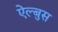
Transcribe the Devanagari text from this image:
ऐल्बुस